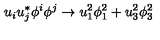
u _ { i } u _ { j } ^ { * } \phi ^ { i } \phi ^ { j } \rightarrow u _ { 1 } ^ { 2 } \phi _ { 1 } ^ { 2 } + u _ { 3 } ^ { 2 } \phi _ { 3 } ^ { 2 }